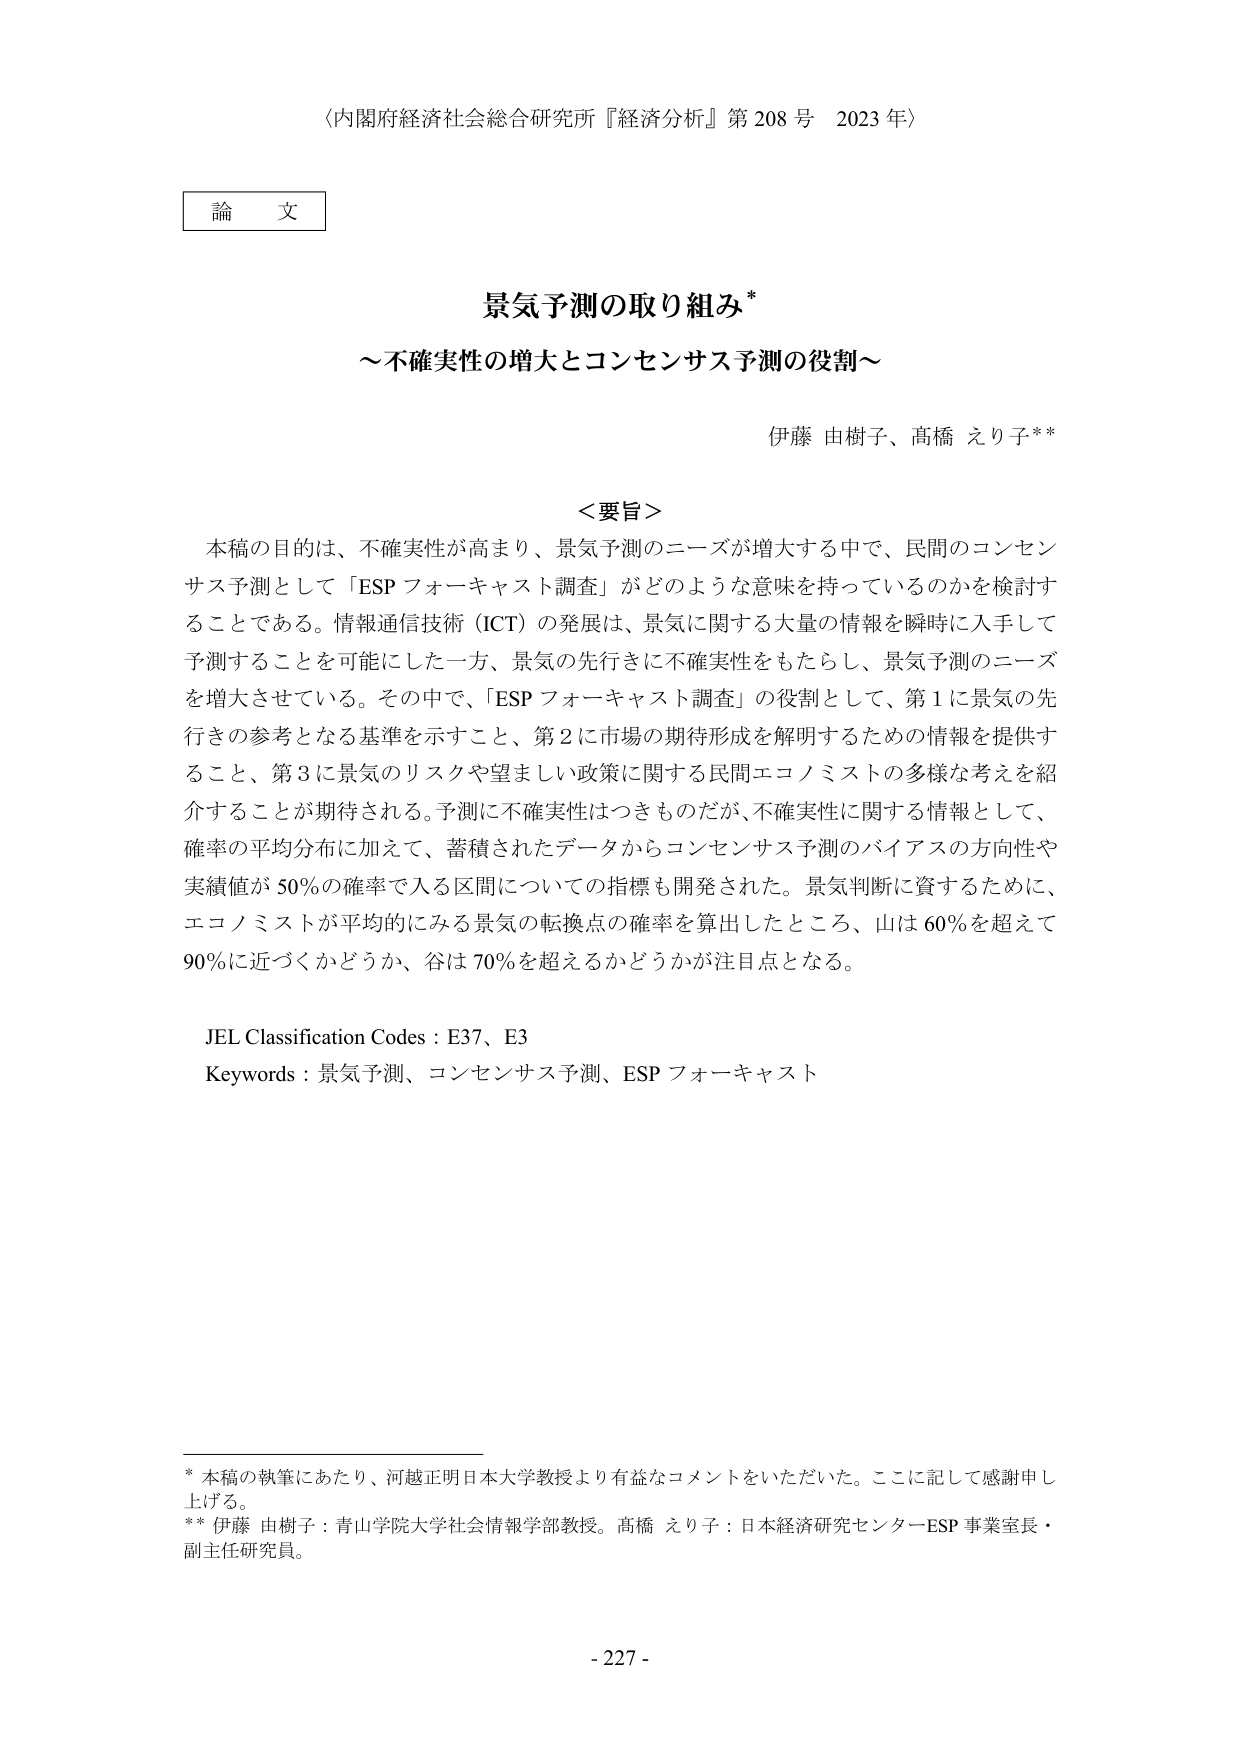
〈内閣府経済社会総合研究所『経済分析』第208号 2023年〉

論文

景気予測の取り組み*
～不確実性の増大とコンセンサス予測の役割～

伊藤 由樹子、高橋 えり子**

＜要旨＞
本稿の目的は、不確実性が高まり、景気予測のニーズが増大する中で、民間のコンセンサス予測として「ESP フォーキャスト調査」がどのような意味を持っているのかを検討することである。情報通信技術（ICT）の発展は、景気に関する大量の情報を瞬時に入手して予測することを可能にした一方、景気の先行きに不確実性をもたらし、景気予測のニーズを増大させている。その中で、「ESP フォーキャスト調査」の役割として、第1に景気の先行きの参考となる基準を示すこと、第2に市場の期待形成を解明するための情報を提供すること、第3に景気のリスクや望ましい政策に関する民間エコノミストの多様な考えを紹介することが期待される。予測に不確実性はつきものだが、不確実性に関する情報として、確率の平均分布に加えて、蓄積されたデータからコンセンサス予測のバイアスの方向性や実績値が50％の確率で入る区間についての指標も開発された。景気判断に資するために、エコノミストが平均的にみる景気の転換点の確率を算出したところ、山は60％を超えて90％に近づくかどうか、谷は70％を超えるかどうかが注目点となる。

JEL Classification Codes : E37、E3
Keywords : 景気予測、コンセンサス予測、ESP フォーキャスト

* 本稿の執筆にあたり、河越正明日本大学教授より有益なコメントをいただいた。ここに記して感謝申し上げる。
** 伊藤 由樹子：青山学院大学社会情報学部教授。高橋 えり子：日本経済研究センターESP 事業室長・副主任研究員。

- 227 -